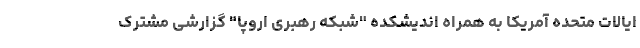
ایالات متحده آمریکا به همراه اندیشکده "شبکه رهبری اروپا" گزارشی مشترک